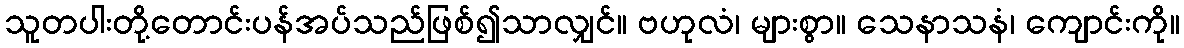
သူတပါးတို့တောင်းပန်အပ်သည်ဖြစ်၍သာလျှင်။ ဗဟုလံ၊ များစွာ။ သေနာသနံ၊ ကျောင်းကို။